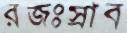
রজঃস্রাব